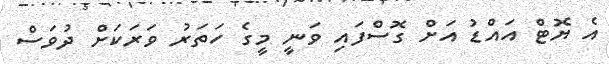
އެ ޔޮޓް އައްޑު އަށް ގޮސްފައި ވަނީ މީގެ ހަތަރު ވަރަކަށް ދުވަސް